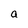
Character: a